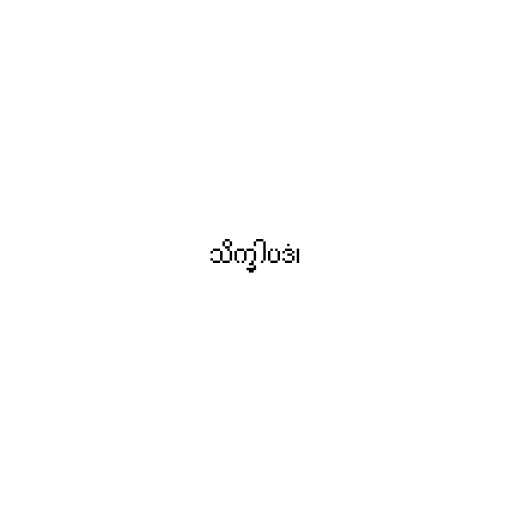
သိက္ခါပဒံ၊